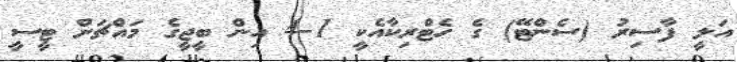
އަލީ ފާސިރު (ސެންޓޭ) ގެ ހެޓްރިކާއެކީ 1-4 އިން ބީޖީގެ މައްޗަށް ޓީސީ